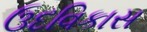
ઉદવિકાસ